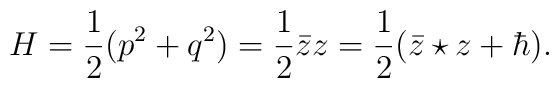
H=\frac{1}{2}(p^2+q^2)=\frac{1}{2}{\bar z}z=\frac{1}{2}({\bar z}\star z+\hbar).